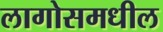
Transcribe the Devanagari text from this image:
लागोसमधील